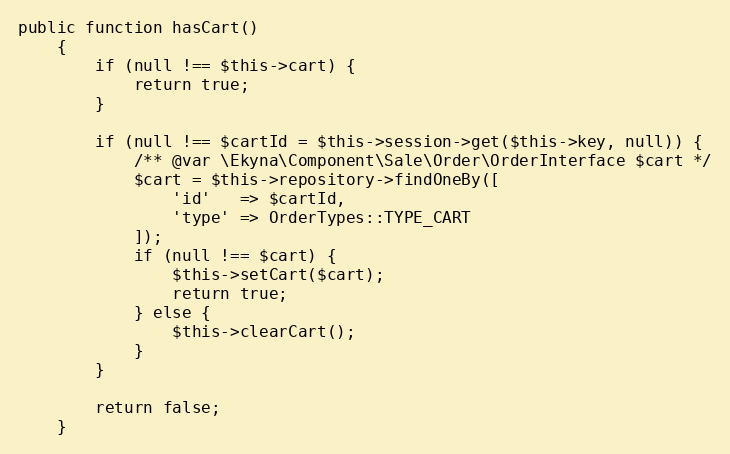
Language: PHP
public function hasCart()
    {
        if (null !== $this->cart) {
            return true;
        }

        if (null !== $cartId = $this->session->get($this->key, null)) {
            /** @var \Ekyna\Component\Sale\Order\OrderInterface $cart */
            $cart = $this->repository->findOneBy([
                'id'   => $cartId,
                'type' => OrderTypes::TYPE_CART
            ]);
            if (null !== $cart) {
                $this->setCart($cart);
                return true;
            } else {
                $this->clearCart();
            }
        }

        return false;
    }